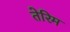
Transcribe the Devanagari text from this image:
तेरिम